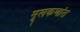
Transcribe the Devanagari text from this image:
मूलकणांत